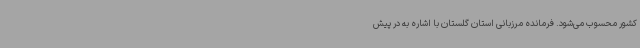
کشور محسوب می‌شود. فرمانده مرزبانی استان گلستان با اشاره به در پیش